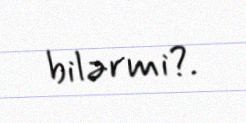
bilərmi?.